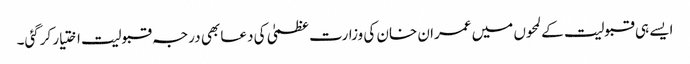
ایسے ہی قبولیت کے لمحوں میں عمران خان کی وزارت عظمیٰ کی دعا بھی درجہ قبولیت اختیار کرگئی۔